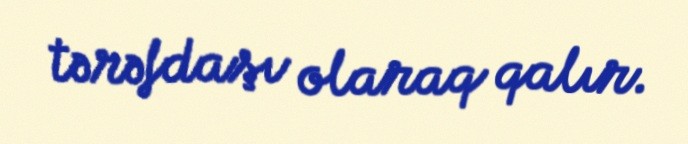
tərəfdaşı olaraq qalır.